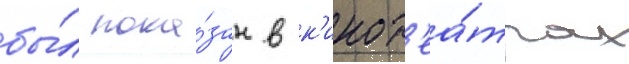
бы́л пока́зан в к'инот'еа́трах